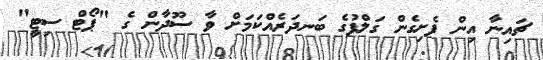
ޗައިނާ އިން ފެށިގެން ގަލްފުގެ ބަނދަރެއްކަމަށް ވާ ސޫދާން ގެ "ޕޯޓް ސިޓީ"